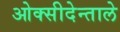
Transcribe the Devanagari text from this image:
ओक्सीदेन्ताले